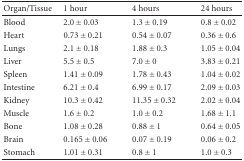
<table><thead><tr><td><b> Organ/Tissue</b></td><td><b>1 hour</b></td><td><b>4 hours</b></td><td><b>24 hours</b></td></tr></thead><tbody><tr><td> Blood</td><td>2.0 ± 0.03</td><td>1.3 ± 0.19</td><td>0.8 ± 0.02</td></tr><tr><td> Heart</td><td>0.73 ± 0.21</td><td>0.54 ± 0.07</td><td>0.36 ± 0.6</td></tr><tr><td> Lungs</td><td>2.1 ± 0.18</td><td>1.88 ± 0.3</td><td>1.05 ± 0.04</td></tr><tr><td> Liver</td><td>5.5 ± 0.5</td><td>7.0 ± 0</td><td>3.83 ± 0.21</td></tr><tr><td> Spleen</td><td>1.41 ± 0.09</td><td>1.78 ± 0.43</td><td>1.04 ± 0.02</td></tr><tr><td> Intestine</td><td>6.21 ± 0.4</td><td>6.99 ± 0.17</td><td>2.09 ± 0.03</td></tr><tr><td> Kidney</td><td>10.3 ± 0.42</td><td>11.35 ± 0.32</td><td>2.02 ± 0.04</td></tr><tr><td> Muscle</td><td>1.6 ± 0.2</td><td>1.0 ± 0.2</td><td>1.68 ± 1.1</td></tr><tr><td> Bone</td><td>1.08 ± 0.28</td><td>0.88 ± 1</td><td>0.64 ± 0.05</td></tr><tr><td> Brain</td><td>0.165 ± 0.06</td><td>0.07 ± 0.19</td><td>0.06 ± 0.2</td></tr><tr><td> Stomach</td><td>1.01 ± 0.31</td><td>0.8 ± 1</td><td>1.0 ± 0.3</td></tr></tbody></table>